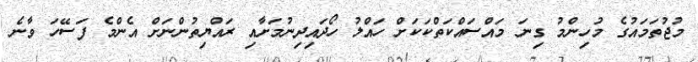
މުޖުތަމައުގެ މުހިންމު ގިނަ މައްސައްކަތްކަކަށް ހައްލު ހޯދައިދިނުމަށާއި ރައްޔިތުންނަށް އެންމެ ފަސޭހަ ވާނެ